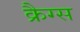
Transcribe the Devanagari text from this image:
क्रैग्स